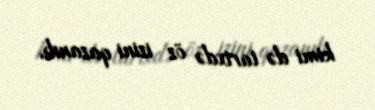
kimi də tarixdə öz izini qazanıb.